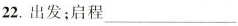
22.出发；启程___